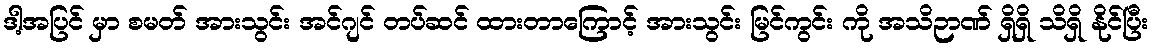
ဒါ့အပြင် မှာ စမတ် အားသွင်း အင်ဂျင် တပ်ဆင် ထားတာကြောင့် အားသွင်း မြင်ကွင်း ကို အသိဉာဏ် ရှိရှိ သိရှိ နိုင်ပြီး